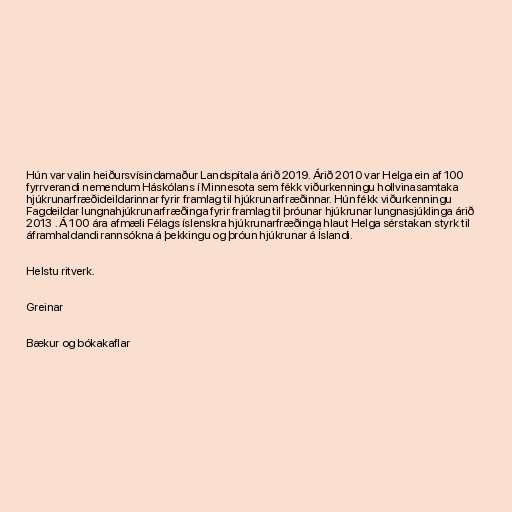
Hún var valin heiðursvísindamaður Landspítala árið 2019. Árið 2010 var Helga ein af 100
fyrrverandi nemendum Háskólans í Minnesota sem fékk viðurkenningu hollvinasamtaka
hjúkrunarfræðideildarinnar fyrir framlag til hjúkrunarfræðinnar. Hún fékk viðurkenningu
Fagdeildar lungnahjúkrunarfræðinga fyrir framlag til þróunar hjúkrunar lungnasjúklinga árið
2013 . Á 100 ára afmæli Félags íslenskra hjúkrunarfræðinga hlaut Helga sérstakan styrk til
áframhaldandi rannsókna á þekkingu og þróun hjúkrunar á Íslandi.

Helstu ritverk.

Greinar

Bækur og bókakaflar